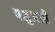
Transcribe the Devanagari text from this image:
पशुअओं